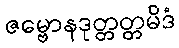
ဇမ္ဗောနဒုတ္တတ္တမိဒံ